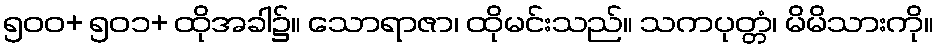
၅၀၀+ ၅၀၁+ ထိုအခါ၌။ သောရာဇာ၊ ထိုမင်းသည်။ သကပုတ္တံ၊ မိမိသားကို။